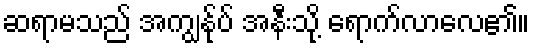
ဆရာမသည် အကျွန်ုပ် အနီးသို့ ရောက်လာလေ၏။